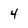
Character: 4